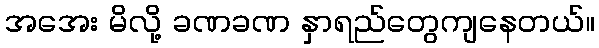
အအေး မိလို့ ခဏခဏ နှာရည်တွေကျနေတယ်။